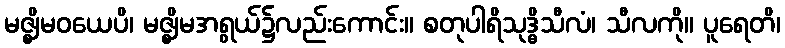
မဇ္ဈိမဝယေပိ၊ မဇ္ဈိမအရွယ်၌လည်းကောင်း။ စတုပါရိသုဒ္ဓိသီလံ၊ သီလကို။ ပူရေတိ၊